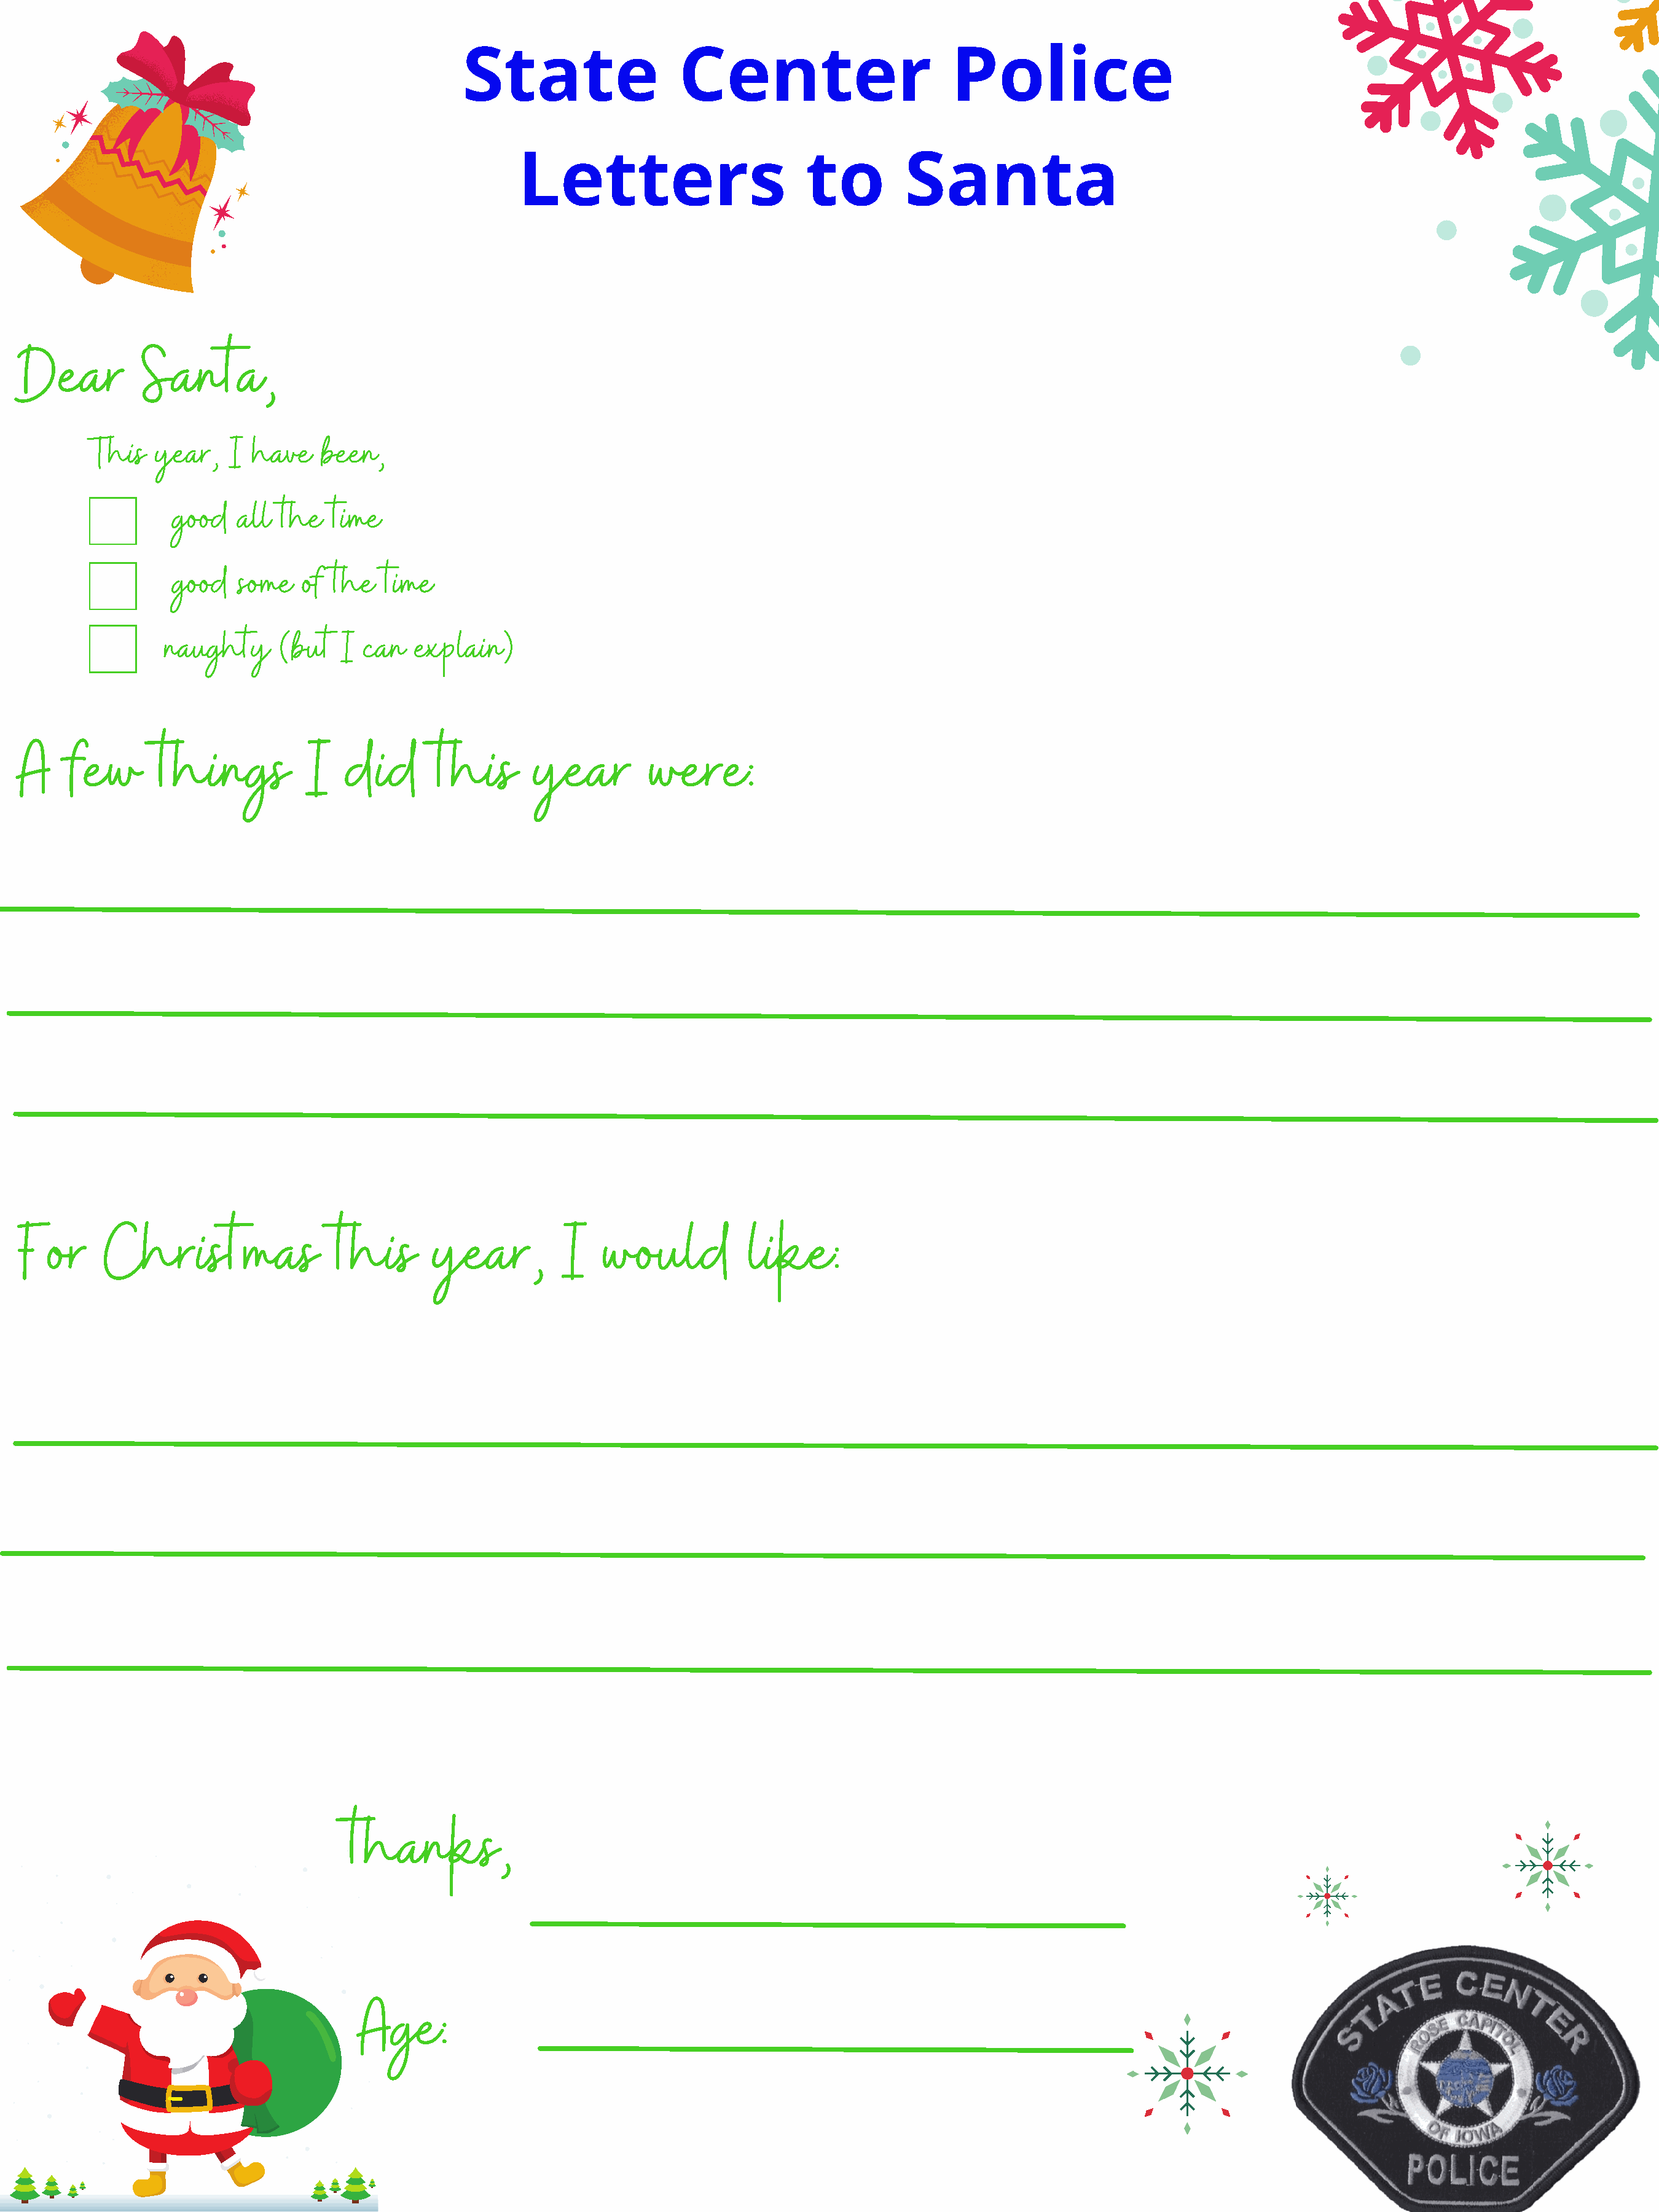
State                  Center                        Police
 Letters                        to        Santa
 Dear         Santa,
 This   year,   I have    been,
 good   all the   time
 good   some   of the  time
 naughty     (but   I can   explain)
 A    few       things          I   did       this      year         were:
 For      Christmas                this       year,         I   would           like:
 thanks,
 Age: